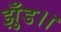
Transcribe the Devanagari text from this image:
झुँड।।